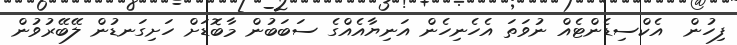
ފިހުން  އެކްސިޑެންޓެއް ނުވަތަ އެހެނިހެން އަނިޔާއެއްގެ ސަބަބުން މާބޮޑަށް ހަށިގަނޑުން ލޭބޭރުވުން